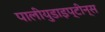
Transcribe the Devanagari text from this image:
पालीयुडाइप्टीन्स